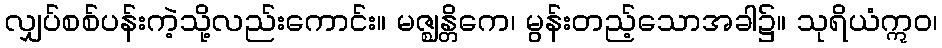
လျှပ်စစ်ပန်းကဲ့သို့လည်းကောင်း။ မဇ္ဈန္တိကေ၊ မွန်းတည့်သောအခါ၌။ သုရိယံဣဝ၊